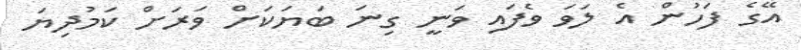
އޭގެ ފަހުން އެ ލަވަ ވެފައި ވަނީ ގިނަ ބަޔަކަށް ވަރަށް ކަމުދިޔަ